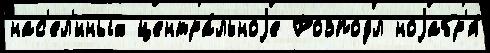
нас'ел'́нных центра́льноjе Розподл ноjабр'я́